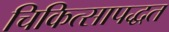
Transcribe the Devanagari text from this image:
चिकित्सापद्धत